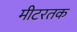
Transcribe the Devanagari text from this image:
मीटरतक